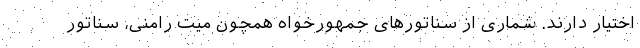
اختیار دارند. شماری از سناتورهای جمهورخواه همچون میت رامنی، سناتور